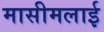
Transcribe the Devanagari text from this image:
मासीमलाई